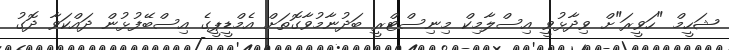
ޝަހީމް "ހަވީރަ"ށް ވިދާޅުވީ އިސްލާމިކް މިނިސްޓްރީ ބަދުނާމުވާގޮތަށް އެމްޑީޕީގެ އިސްބޭފުޅުން ދައްކަވާ ދޮގު